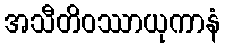
အသီတိဝဿာယုကာနံ